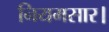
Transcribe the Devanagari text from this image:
नियमसार।